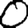
Digit: 0